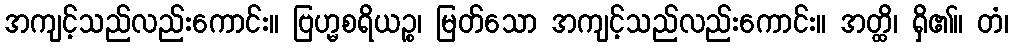
အကျင့်သည်လည်းကောင်း။ ဗြဟ္မစရိယဉ္စ၊ မြတ်သော အကျင့်သည်လည်းကောင်း။ အတ္ထိ၊ ရှိ၏။ တံ၊